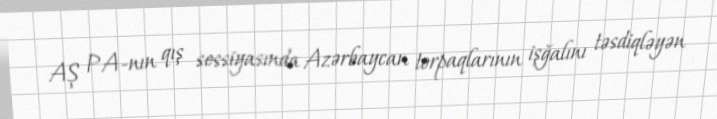
AŞ PA-nın qış sessiyasında Azərbaycan torpaqlarının işğalını təsdiqləyən